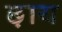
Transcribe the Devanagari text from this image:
छ़ाय